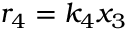
r _ { 4 } = k _ { 4 } x _ { 3 }